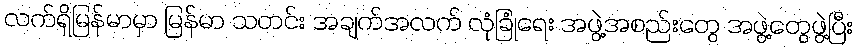
လက်ရှိမြန်မာမှာ မြန်မာ သတင်း အချက်အလက် လုံခြုံရေး အဖွဲ့အစည်းတွေ အဖွဲ့တွေဖွဲ့ပြီး